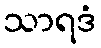
သာရဒံ